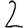
Digit: 2